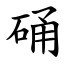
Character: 硧